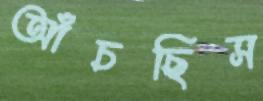
আঁচছিস